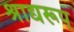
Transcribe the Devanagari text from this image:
श्राद्यरूप